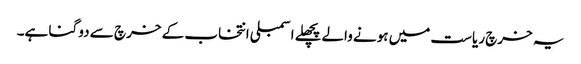
یہ خرچ ریاست میں ہونے والےپچھلے اسمبلی انتخاب کے خرچ سے دو گنا ہے۔